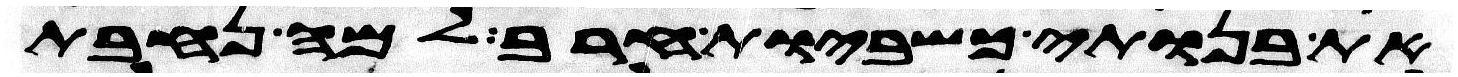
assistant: את בנותי כשביות חרב למה נחבת